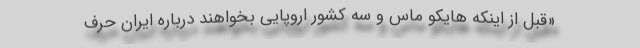
«قبل از اینکه هایکو ماس و سه کشور اروپایی بخواهند درباره ایران حرف